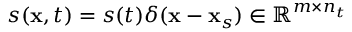
s ( \mathbf { x } , t ) = s ( t ) \delta ( \mathbf { x } - \mathbf { x } _ { s } ) \in \mathbb { R } ^ { m \times n _ { t } }